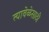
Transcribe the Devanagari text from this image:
त्यावेळेसाठी